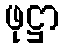
ဖုဋ္ဌာ